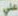
علي